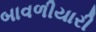
બાવળીયારી